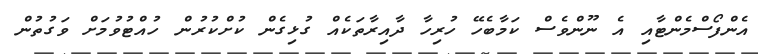
އެންފޯސްމެންޓާއި އެ ނޫންވެސް ކަމާބެހޭ ހުރިހާ ދާއިރާތަކެއް ގުޅިގެން ކުށްކުރުން ހުއްޓުވުމަށް ވަގުތުން